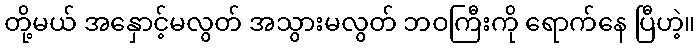
တို့မယ် အနှောင့်မလွတ် အသွားမလွတ် ဘဝကြီးကို ရောက်နေ ပြီဟဲ့။